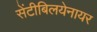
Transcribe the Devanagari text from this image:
सेंटीबिलयेनायर